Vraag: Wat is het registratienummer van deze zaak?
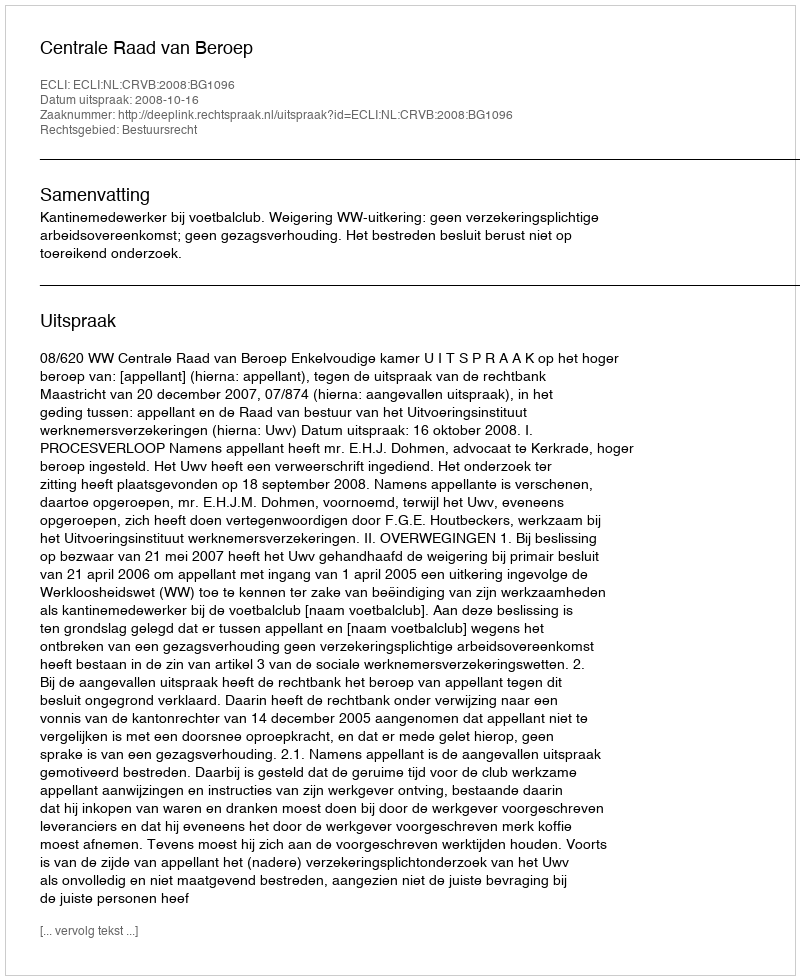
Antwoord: http://deeplink.rechtspraak.nl/uitspraak?id=ECLI:NL:CRVB:2008:BG1096